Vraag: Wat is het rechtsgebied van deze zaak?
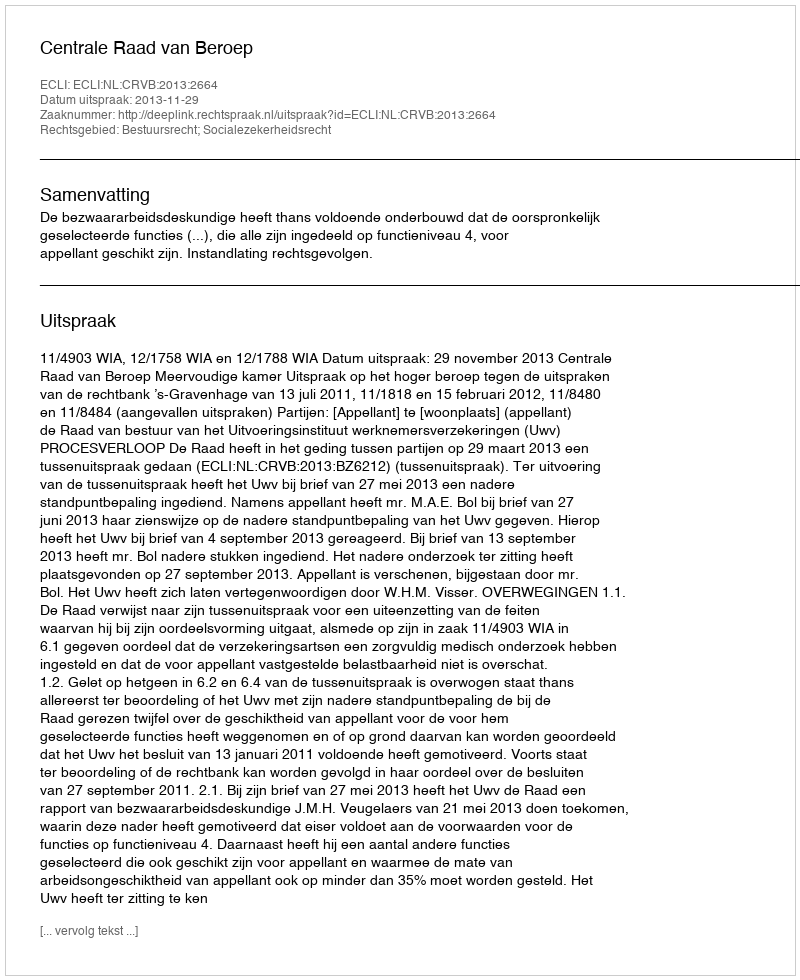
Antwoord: Bestuursrecht; Socialezekerheidsrecht